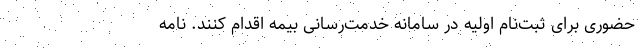
حضوری برای ثبت‌نام اولیه در سامانه خدمت‌رسانی بیمه اقدام کنند. نامه